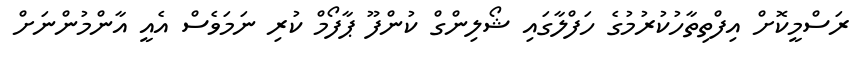
ރަސްމީކޮށް އިފްތިތާހުކުރުމުގެ ހަފްލާގައި ޝޯލިންގް ކުންފޫ ޕާފޯމް ކުރި ނަމަވެސް އެއީ އާންމުންނަށް